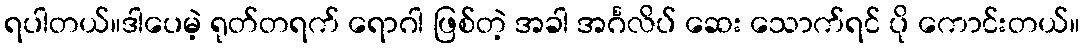
ရပါတယ်။ဒါပေမဲ့ ရုတ်တရက် ရောဂါ ဖြစ်တဲ့ အခါ အင်္ဂလိပ် ဆေး သောက်ရင် ပို ကောင်းတယ်။